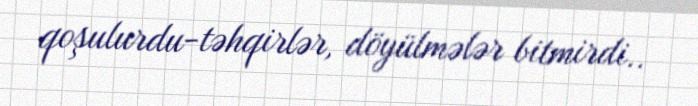
qoşulurdu-təhqirlər, döyülmələr bitmirdi..